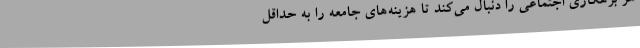
هر بزهکاری اجتماعی را دنبال می‌کند تا هزینه‌های جامعه را به حداقل